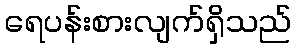
ရေပန်းစားလျက်ရှိသည်